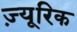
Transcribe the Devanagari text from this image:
ज़्यूरिक